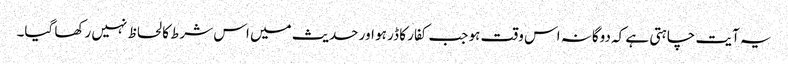
یہ آیت چاہتی ہے کہ دوگانہ اس وقت ہو جب کفار کا ڈر ہو اور حدیث میں اس شرط کا لحاظ نہیں رکھا گیا۔